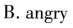
B.angry